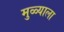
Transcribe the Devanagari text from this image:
मुळ्याला